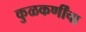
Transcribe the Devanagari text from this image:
कुळकर्णींचा